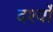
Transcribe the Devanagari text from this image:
दर्श्यों